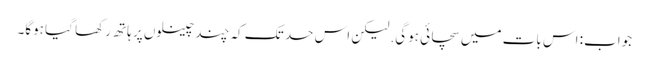
جواب: اس بات میں سچائی ہوگی. لیکن اس حد تک کہ چند چینلوں پر ہاتھ رکھا گیا ہوگا۔